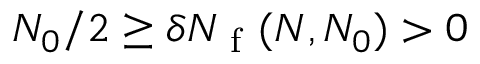
N _ { 0 } / 2 \geq \delta N _ { \mathrm { ~ f ~ } } ( N , N _ { 0 } ) > 0